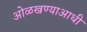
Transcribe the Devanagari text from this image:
ओळखण्याआधी